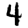
Digit: 4